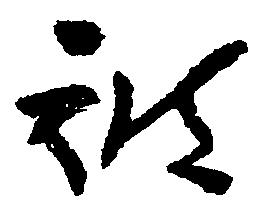
被